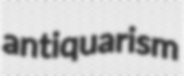
antiquarism